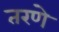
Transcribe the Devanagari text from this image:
तरणे